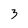
Character: 3